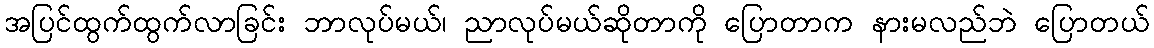
အပြင်ထွက်ထွက်လာခြင်း ဘာလုပ်မယ်၊ ညာလုပ်မယ်ဆိုတာကို ပြောတာက နားမလည်ဘဲ ပြောတယ်